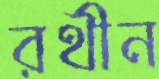
রথীন